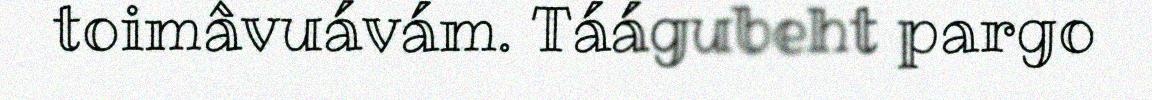
toimâvuávám. Táágubeht pargo